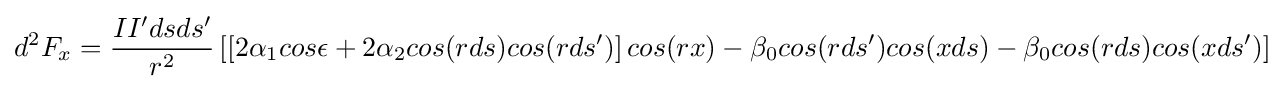
d^{2}F_{x}={\frac {II'dsds'}{r^{2}}}\left[\left[2\alpha _{1}cos\epsilon +2\alpha _{2}cos(rds)cos(rds')\right]cos(rx)-\beta _{0}cos(rds')cos(xds)-\beta _{0}cos(rds)cos(xds')\right]